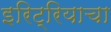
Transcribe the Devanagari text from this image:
इरिट्रियाचा